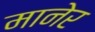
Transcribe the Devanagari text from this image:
मानेर